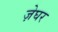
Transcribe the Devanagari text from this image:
ज़ेघर